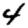
Digit: 4